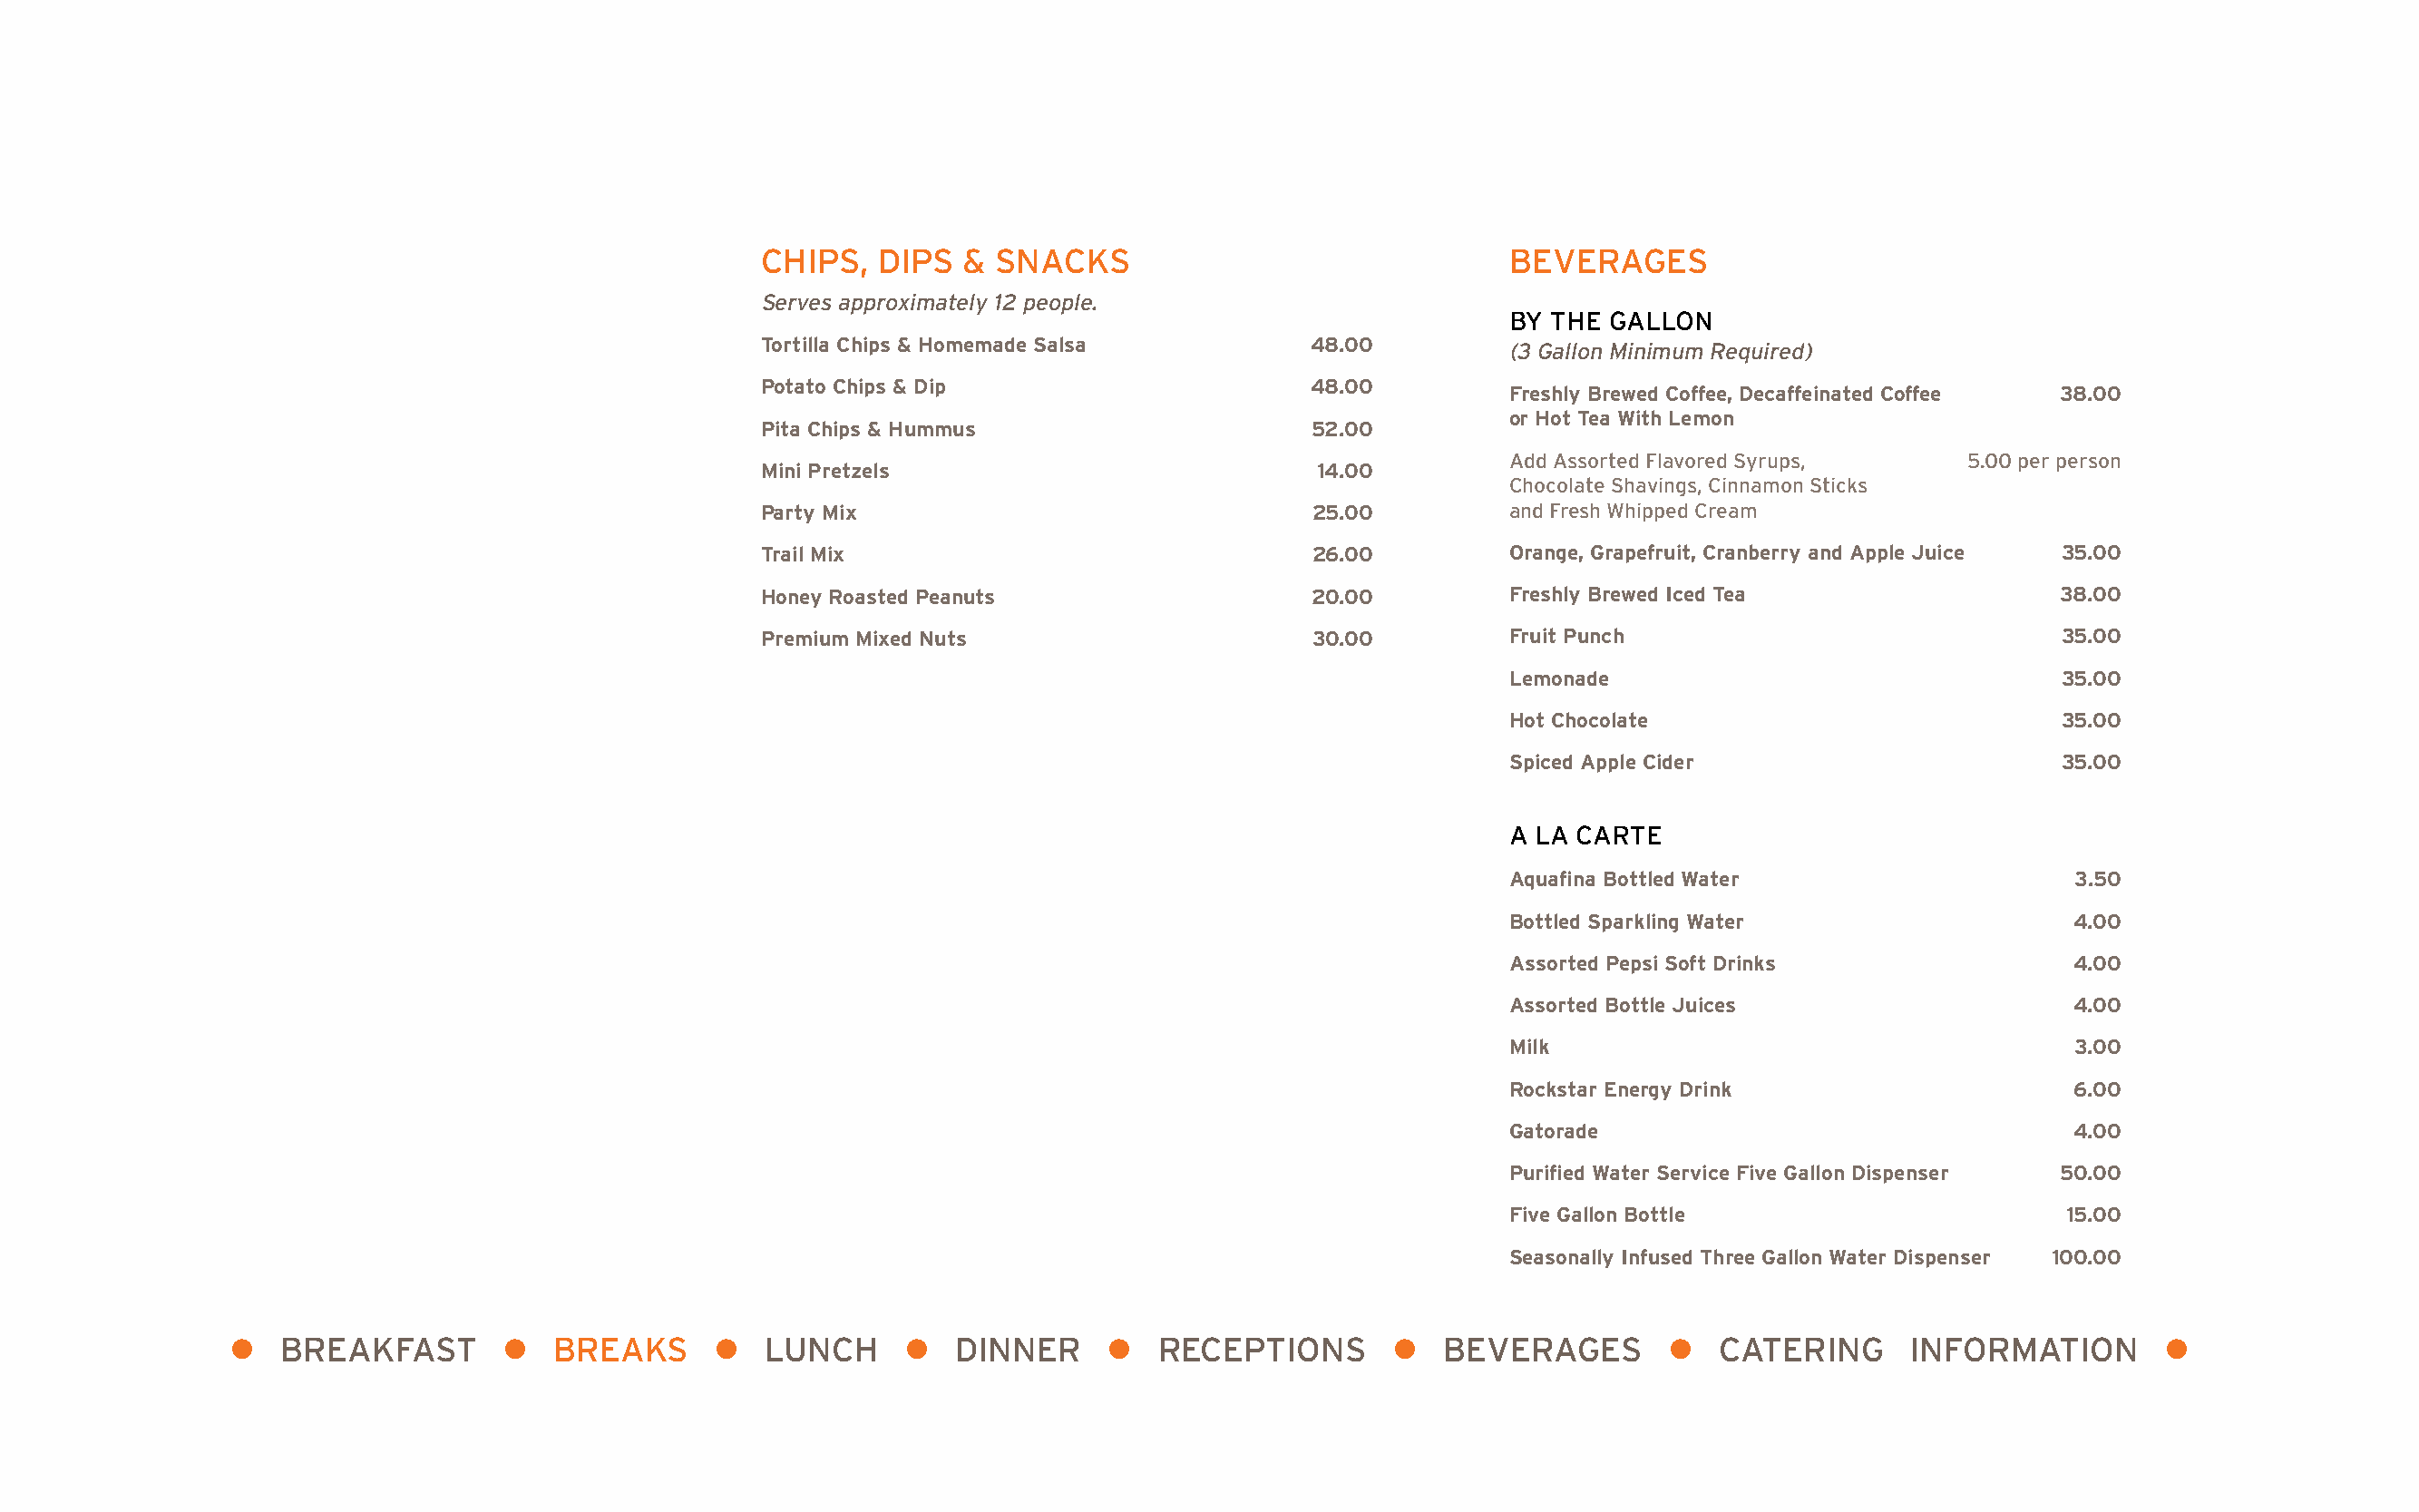
CHIPS,  DIPS  &  SNACKS                               BEVERAGES
 Serves approximately 12 people.
 BY THE GALLON
 Tortilla Chips & Homemade Salsa         48.00         (3 Gallon Minimum Required)
 Potato Chips & Dip                      48.00
 Freshly Brewed Coffee, Decaffeinated Coffee 38.00
 or Hot Tea With Lemon
 Pita Chips & Hummus                     52.00
 Add Assorted Flavored Syrups,     5.00 per person
 Mini Pretzels                           14.00
 Chocolate Shavings, Cinnamon Sticks
 Party Mix                               25.00         and Fresh Whipped Cream
 Trail Mix                               26.00         Orange, Grapefruit, Cranberry and Apple Juice 35.00
 Honey Roasted Peanuts                   20.00         Freshly Brewed Iced Tea                 38.00
 Premium Mixed Nuts                      30.00         Fruit Punch                             35.00
 Lemonade                                35.00
 Hot Chocolate                           35.00
 Spiced Apple Cider                      35.00
 A LA CARTE
 Aquafina Bottled Water                   3.50
 Bottled Sparkling Water                  4.00
 Assorted Pepsi Soft Drinks               4.00
 Assorted Bottle Juices                   4.00
 Milk                                     3.00
 Rockstar Energy Drink                    6.00
 Gatorade                                 4.00
 Purified Water Service Five Gallon Dispenser 50.00
 Five Gallon Bottle                       15.00
 Seasonally Infused Three Gallon Water Dispenser 100.00
 l  BREAKFAST        l  BREAKS      l   LUNCH     l   DINNER     l   RECEPTIONS       l  BEVERAGES        l  CATERING      INFORMATION        l